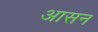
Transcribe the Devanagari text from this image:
अासन